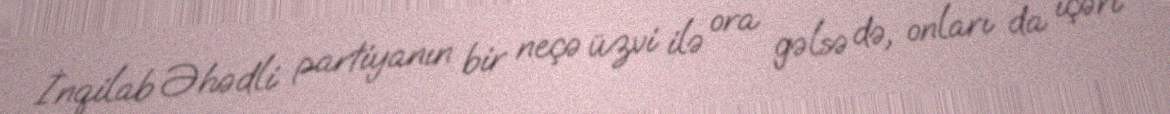
İnqilab Əhədli partiyanın bir neçə üzvi ilə ora gəlsə də, onları da içəri